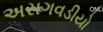
અસગવડીયો